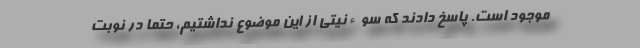
موجود است. پاسخ دادند که سوءنیتی از این موضوع نداشتیم، حتماً در نوبت